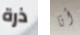
ذرة أنا